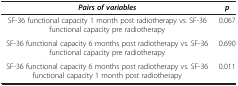
| Pairs of variables | p |
 | --- | --- |
 | SF-36 functional capacity 1 month post radiotherapy vs. SF-36 functional capacity pre radiotherapy | 0.067 |
 | SF-36 functional capacity 6 months post radiotherapy vs. SF-36 functional capacity pre radiotherapy | 0.690 |
 | SF-36 functional capacity 6 months post radiotherapy vs. SF-36 functional capacity 1 month post radiotherapy | 0.011 |